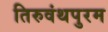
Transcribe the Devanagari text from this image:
तिरुवंथपुरम